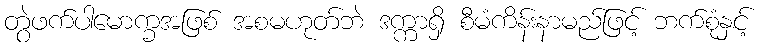
တွဲဖက်ပါမောက္ခအဖြစ် အစမဟုတ်ဘဲ ဒက္ကာရှိ စီမံကိန်းနာမည်ဖြင့် ဘက်စုံနှင့်